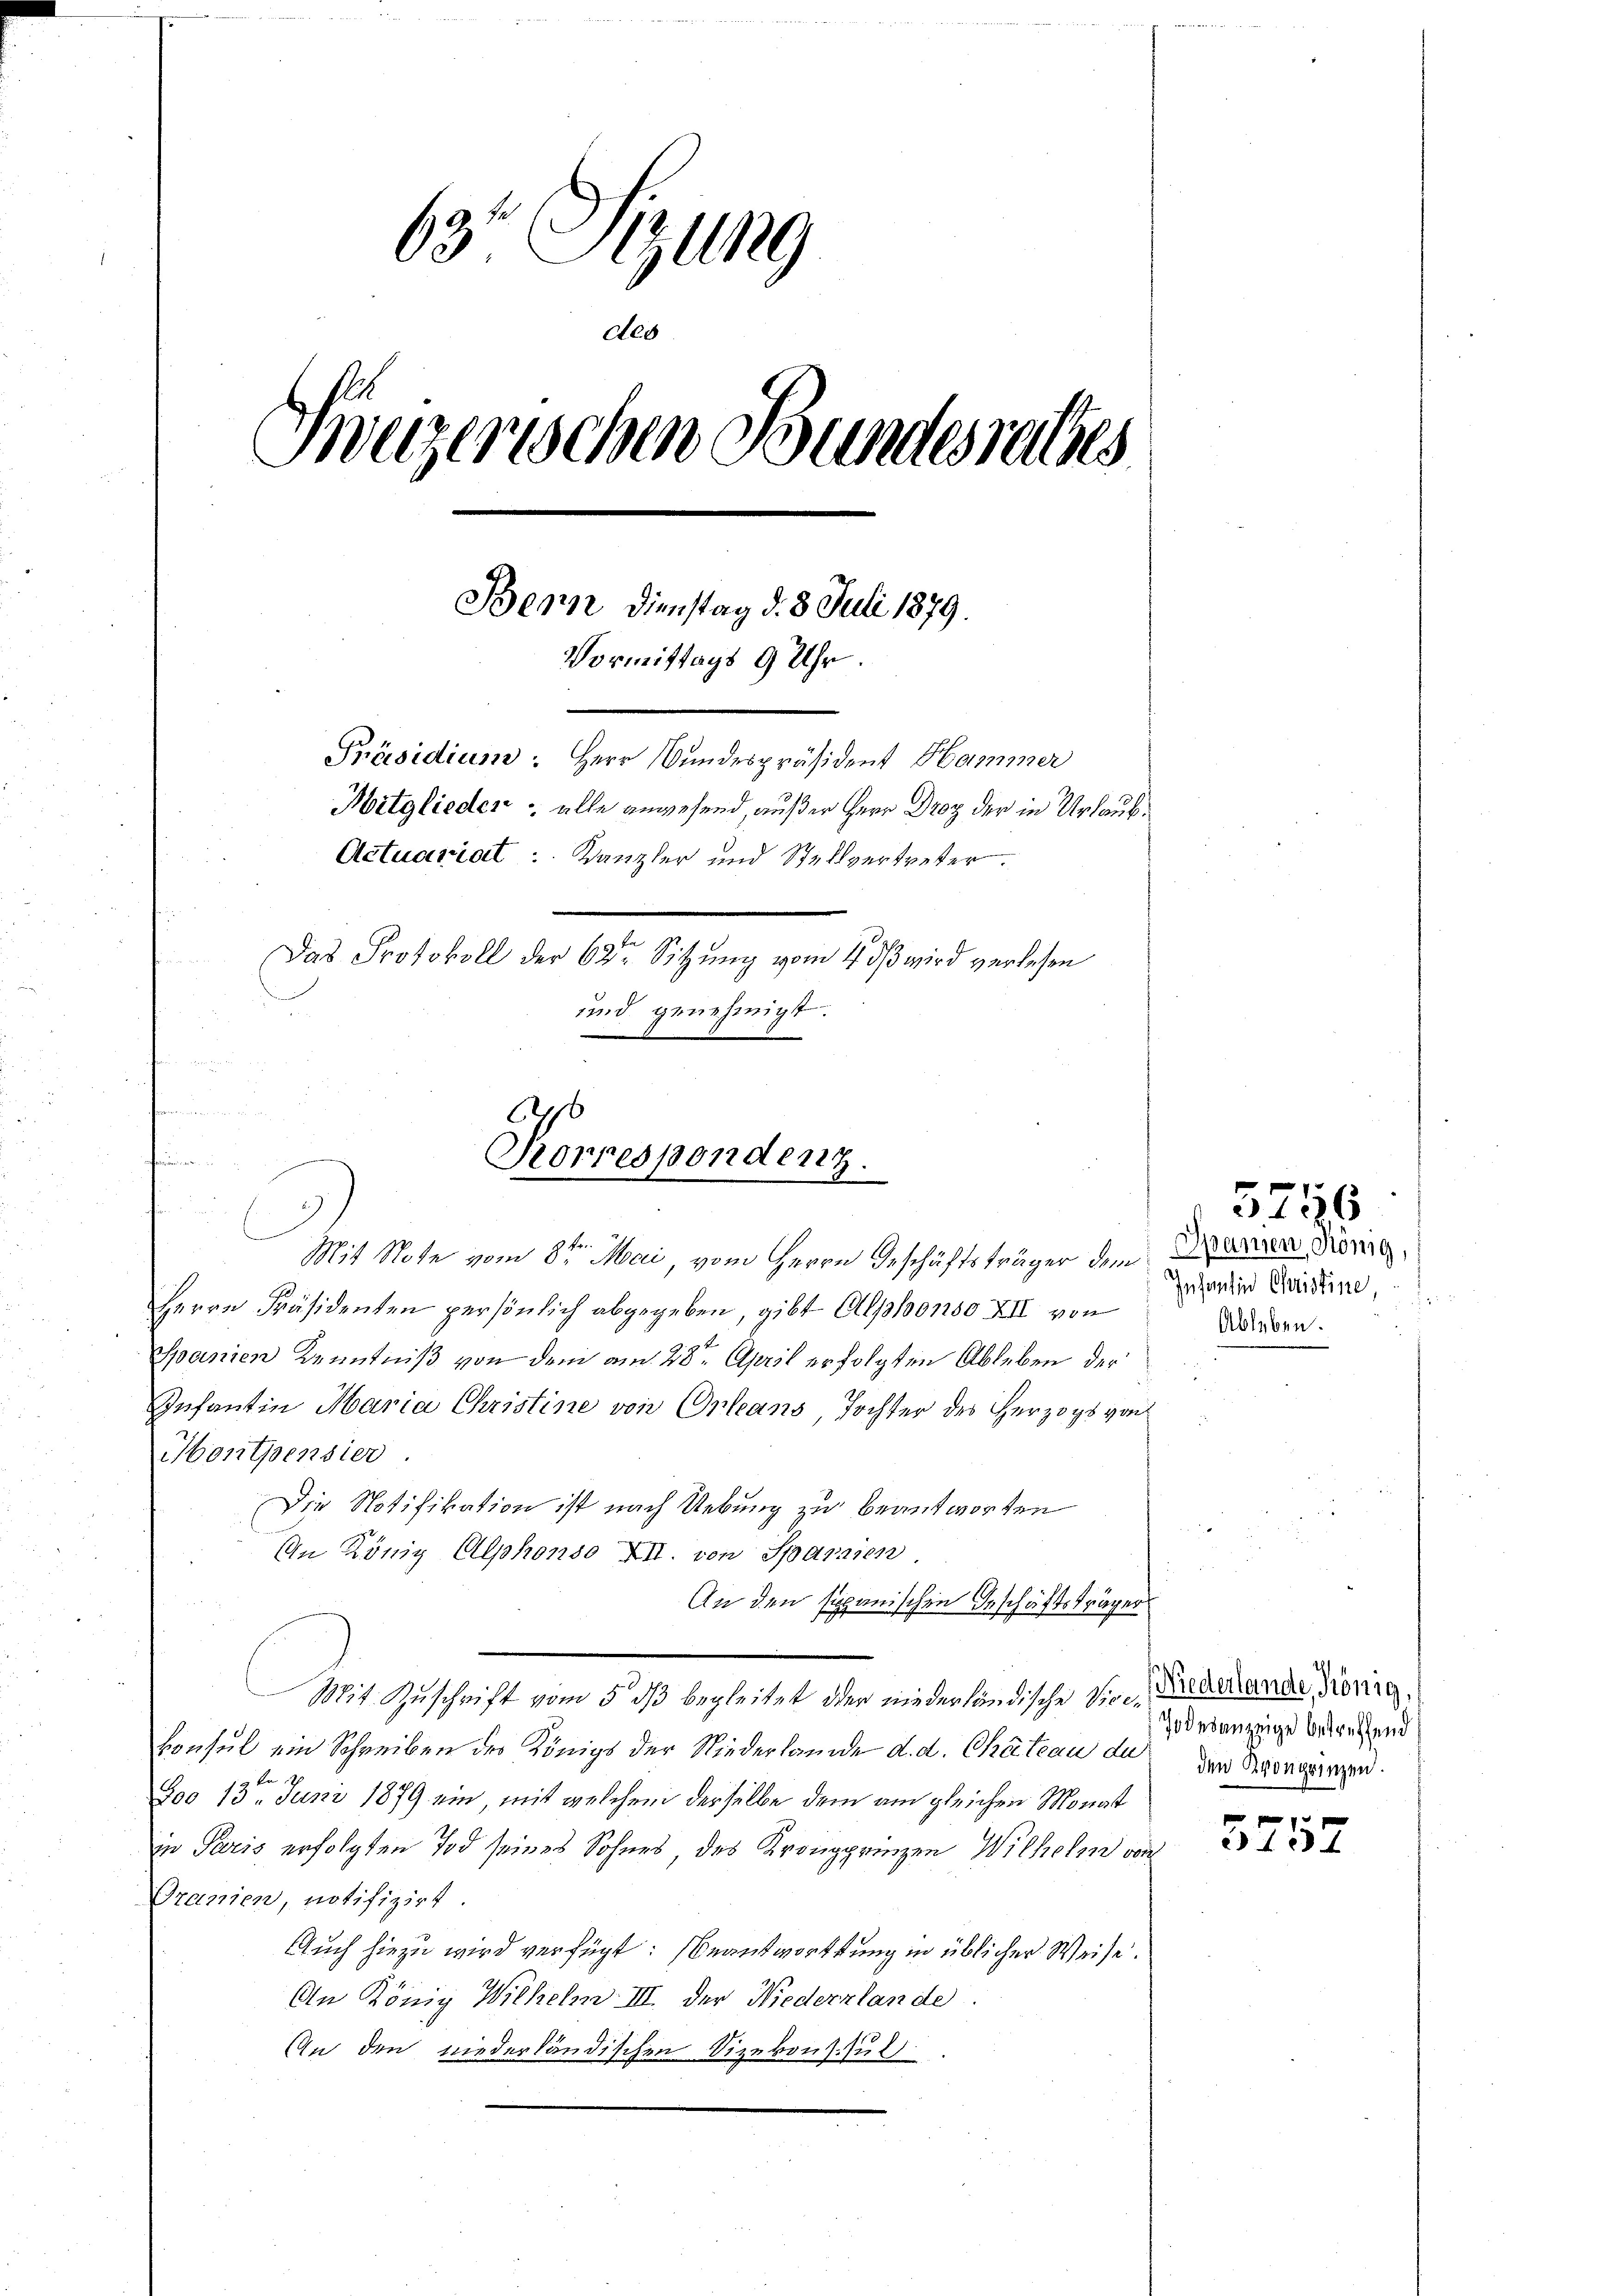
63 Sizung
des
Sweizerischen Bundesrechtes
Bern Dienstag d. 8. Juli 1879.
Vormittags 9 Uhr.
Präsidium. Herr Bundespräsident Hammer
Mitglieder alle anwesend, außer Herr Droz der in Urlaub¬
Actuariat Kanzler und Stellvertreter.
Das Protokoll der 62te Sitzung vom 4. dß wird verlesen
und genehmigt.

66
Korrespondenz.
u
p kr.
Mit Note vom 8. Mai, vom Herrn Geschäftsträger dem

Mit Zuschrift vom 5. ds begleitet oder niederländische die Krachande König,

Herrn Präsidenten persönlich abgegeben, gibt Alphonso XII von
Spanien Kenntniß von dem am 28ten April erfolgten Ableben der
Infantin Maria Christine von Orleans, Tochter des Herzogs von
Hontpensier
Die Notifikation ist nach Uebung zu beantworten
An König Alphonso XII. von Sparnien
An den spanischen Geschäftsträger
konsul ein Schreiben des Königs der Niederlande d. d. Chateau du den Sorgergen
2te
Foo 13. Juni 1879 ein, mit welchem derselbe dem am gleichen Monat
in Paris erfolgten Tod seines Sohnes des Kronprinzen Wilhelm von
Oranien, notifizirt.
Auch hiezu wird verfügt: Beantwortung in üblicher Weise.
An König Wilhelm III. der Niederklande.
An den niederländischen Sizekonsul

Spanien, König,
Infantin Christine,
Ableben.

5256

Jodesanzeige betreffend

f
3137